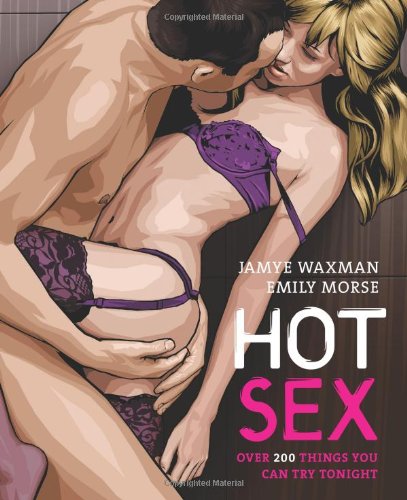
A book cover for Hot Sex: Over 200 Things You Can Try Tonight!; Emily Morse; Self-Help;